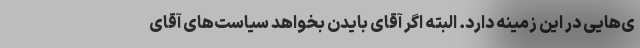
ی‌هایی در این زمینه دارد. البته اگر آقای بایدن بخواهد سیاست‌های آقای